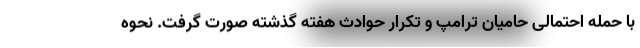
با حمله احتمالی حامیان ترامپ و تکرار حوادث هفته گذشته صورت گرفت. نحوه